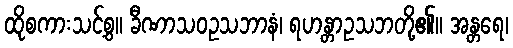
ထိုစကားသင့်စွ။ ခီဏာသဝဥသဘာနံ၊ ရဟန္တာဥသဘတို့၏။ အန္တရေ၊